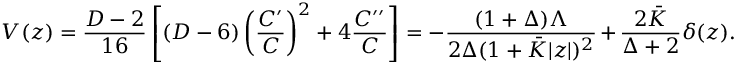
V ( z ) = { \frac { D - 2 } { 1 6 } } \left[ ( D - 6 ) \left( { \frac { { \cal C } ^ { \prime } } { \cal C } } \right) ^ { 2 } + 4 { \frac { { \cal C } ^ { \prime \prime } } { \cal C } } \right] = - { \frac { ( 1 + \Delta ) \Lambda } { 2 \Delta ( 1 + \bar { K } | z | ) ^ { 2 } } } + { \frac { 2 \bar { K } } { \Delta + 2 } } \delta ( z ) .